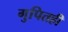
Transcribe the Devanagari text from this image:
गुपितही